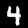
Label: 4